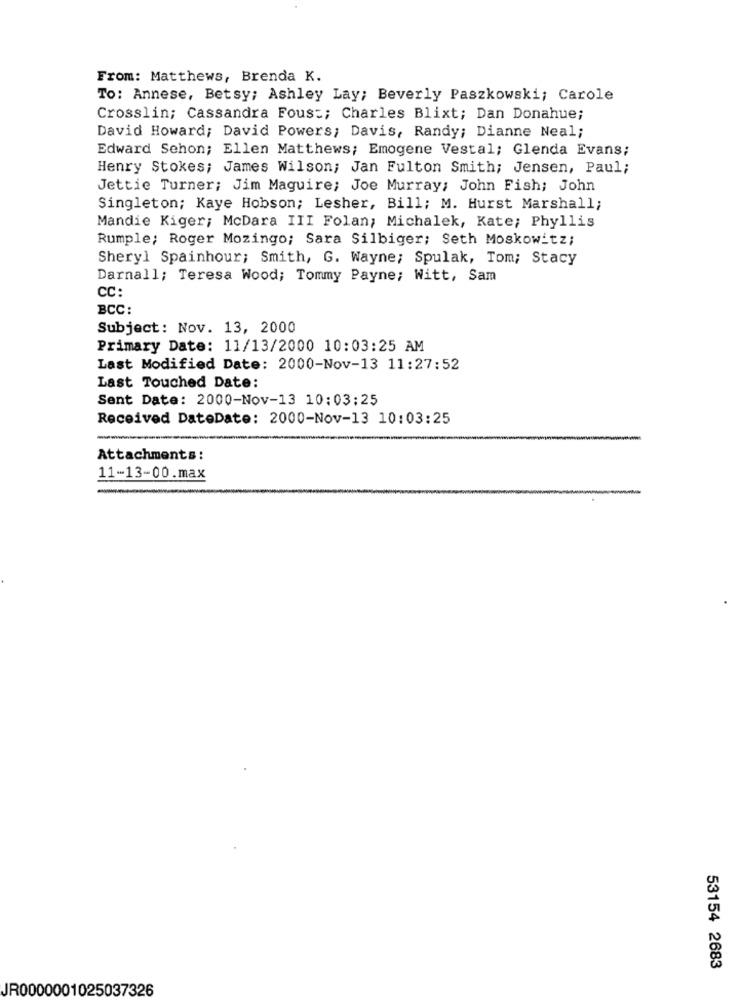
From: Matthews, Brenda K.
To: Annese, Betsy; Ashley Lay; Beverly Paszkowski; Carole
Crosslin; Cassandra Fous :; Charles Blixt; Dan Donahue;
David Howard; David Powers; Davis, Randy; Dianne Neal;
Edward Schon; Ellen Matthews; Emogene Vestal; Glenda Evans;
Henry Stokes; James Wilson; Jan Fulton Smith; Jensen, Paul;
Jettie Turner; Jim Maguire; Joe Murray; John Fish; John
Singleton; Kaye Hobson; Lesher, Bill; M. Hurst Marshall;
Mandie Kiger; McDara III Folan; Michalek, Kate; Phyllis
Rumple; Roger Mozingo; Sara Silbiger; Seth Moskowitz;
Sheryl Spainhour; Smith, G. Wayne; Spulak, Tom; Stacy
Darnall; Teresa Wood; Tommy Payne; Witt, Sam
CC:
BCC:
Subject: Nov. 13, 2000
Primary Date: 11/13/2000 10:03:25 AM
Last Modified Date: 2000-Nov-13 11:27:52
Last Touched Date:
Sent Date: 2000-Nov-13 10:03:25
Received DateDate: 2000-Nov-13 10:03:25
Attachments:
11-13-00.max
53154 2683
JR0000001025037326